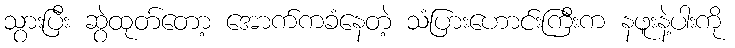
သွားပြီး ဆွဲထုတ်တော့ အောက်ကခံနေတဲ့ သံပြားဟောင်းကြီးက နဖူးနဲ့ပါးကို